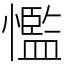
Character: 懢